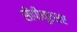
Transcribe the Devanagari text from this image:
सीपीयूएसए